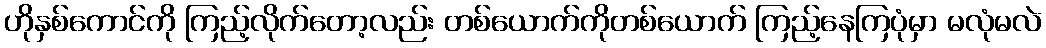
ဟိုနှစ်ကောင်ကို ကြည့်လိုက်တော့လည်း တစ်ယောက်ကိုတစ်ယောက် ကြည့်နေကြပုံမှာ မလုံမလဲ